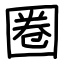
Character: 圈